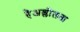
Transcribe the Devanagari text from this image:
हैअश्लीलता